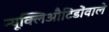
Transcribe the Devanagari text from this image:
न्यूक्लिऔटिडोंवाले